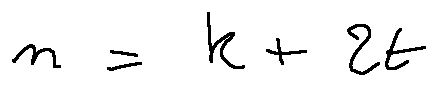
n = k + 2 t